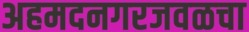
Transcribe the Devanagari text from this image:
अहमदनगरजवळचा